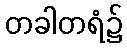
တခါတရံ၌